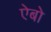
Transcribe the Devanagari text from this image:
ऐबो